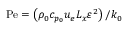
\mathrm { P e } = \left( \rho _ { 0 } c _ { p _ { 0 } } u _ { e } L _ { x } \varepsilon ^ { 2 } \right) \big / k _ { 0 }